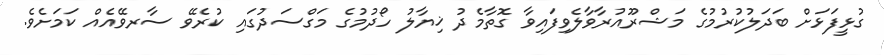
ގުޅީފަޅަށް ބަދަލުކުރުމުގެ މަޝްރޫއުރާވާލެވިފައިވާ ގޮތާމެދު ޚިޔާލު ހޯދުމުގެ މަގްސަދުގައި ކުރެވޭ ސާރވޭއެއް ކަމަށެވެ.